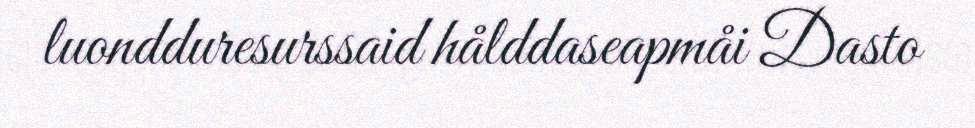
luondduresurssaid hålddaseapmåi Dasto